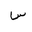
Letter: _sin